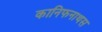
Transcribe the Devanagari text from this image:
कानिफनाथस